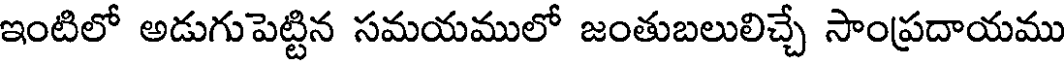
ఇంటిలో అడుగుపెట్టిన సమయములో జంతుబలులిచ్చే సాంప్రదాయము